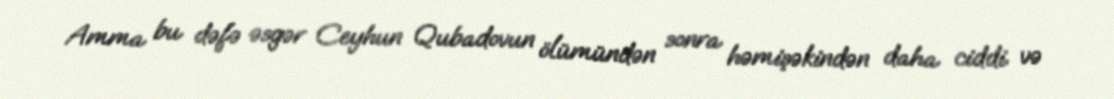
Amma bu dəfə əsgər Ceyhun Qubadovun ölümündən sonra həmişəkindən daha ciddi və